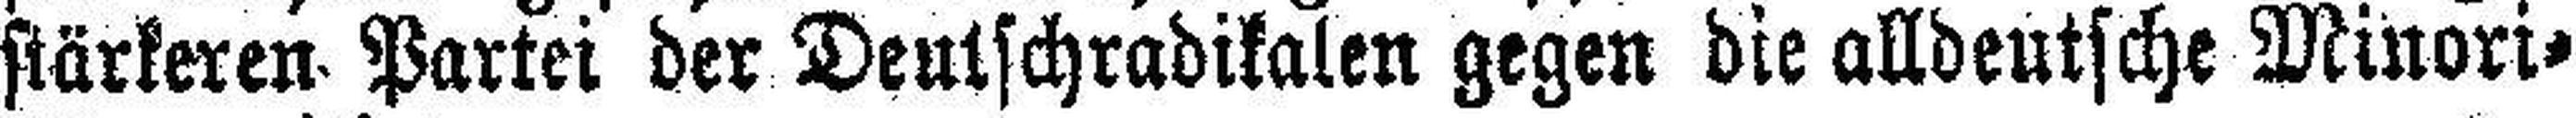
stärkeren Partei der Deutschradikalen gegen die alldeutsche Minori¬